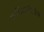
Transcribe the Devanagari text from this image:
प्राणिसृष्टीतील